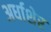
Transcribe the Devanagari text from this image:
अर्धाशेर